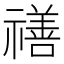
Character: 𥛶